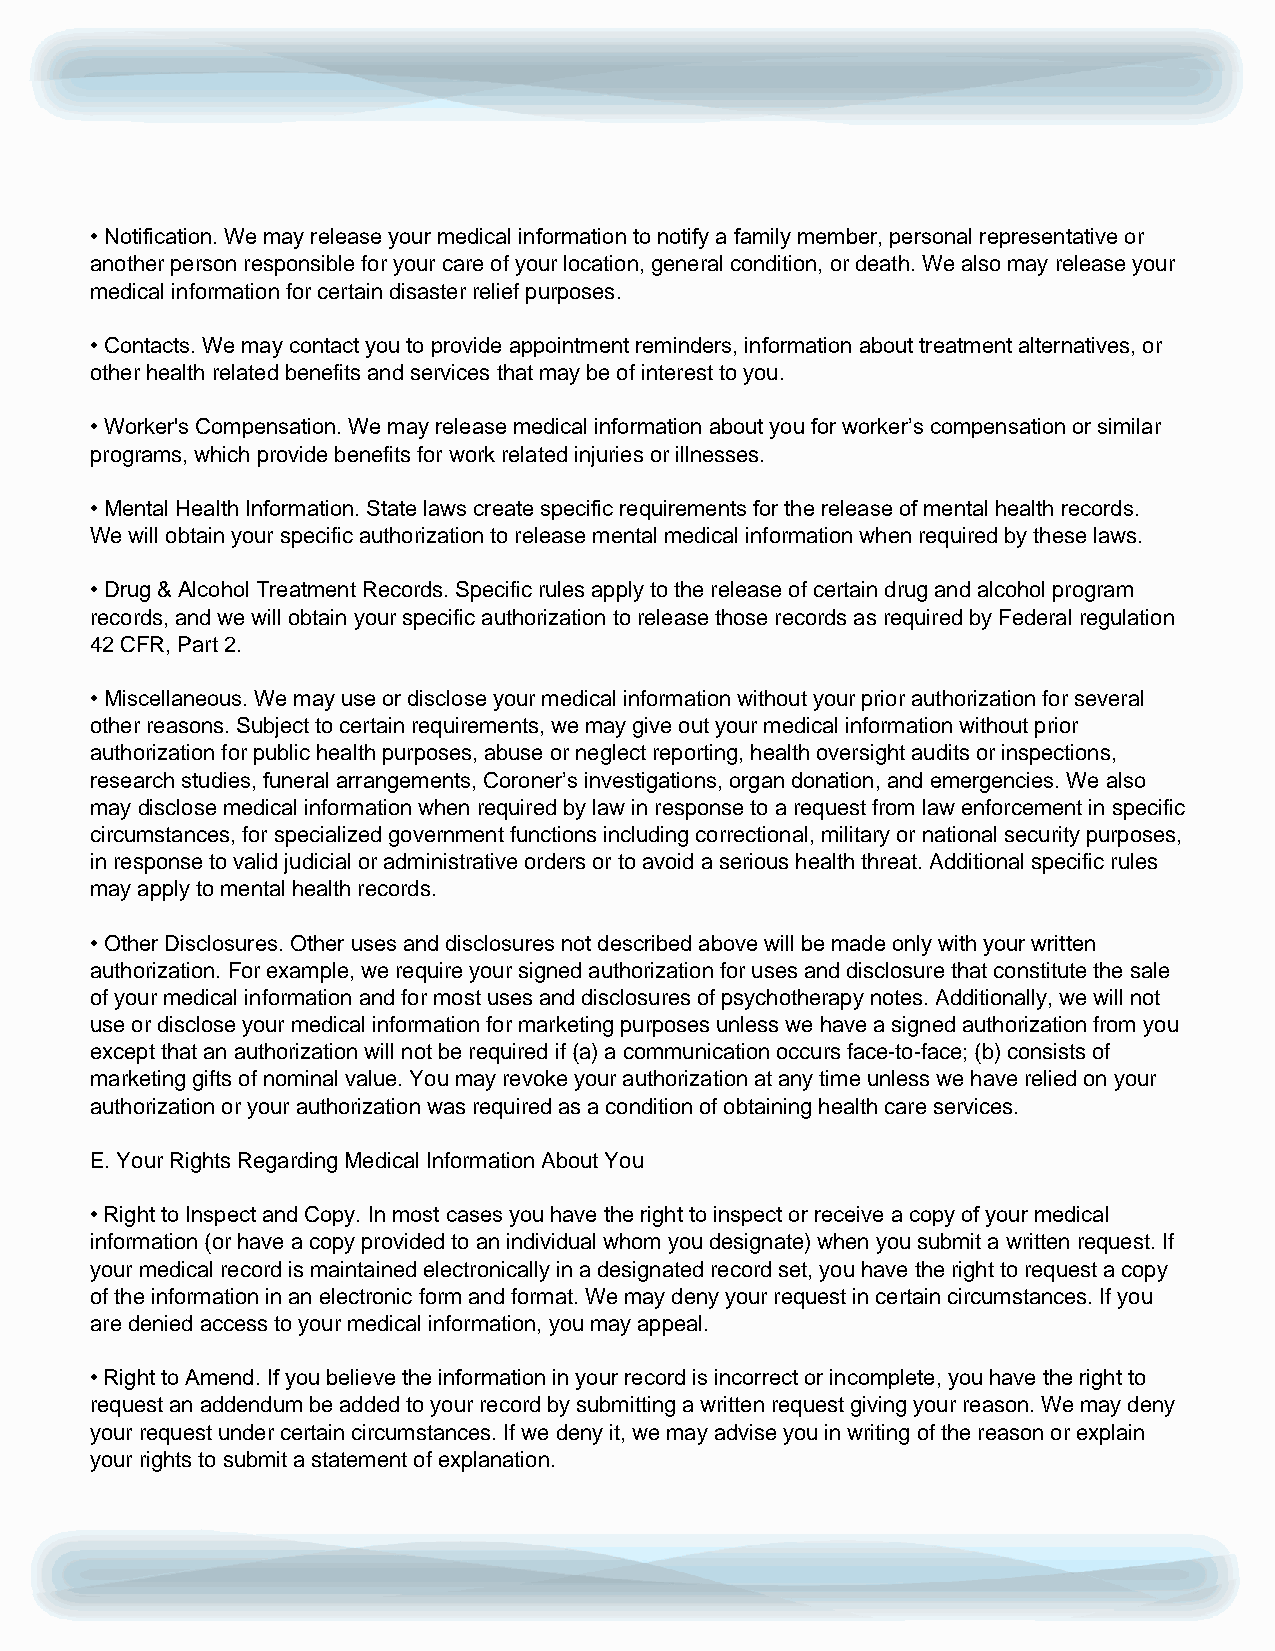
• Notification. We may release your medical information to notify a family member, personal representative or
 another person responsible for your care of your location, general condition, or death. We also may release your
 medical information for certain disaster relief purposes.
 • Contacts. We may contact you to provide appointment reminders, information about treatment alternatives, or
 other health related benefits and services that may be of interest to you.
 • Worker's Compensation. We may release medical information about you for worker’s compensation or similar
 programs, which provide benefits for work related injuries or illnesses.
 • Mental Health Information. State laws create specific requirements for the release of mental health records.
 We will obtain your specific authorization to release mental medical information when required by these laws.
 • Drug & Alcohol Treatment Records. Specific rules apply to the release of certain drug and alcohol program
 records, and we will obtain your specific authorization to release those records as required by Federal regulation
 42 CFR, Part 2.
 • Miscellaneous. We may use or disclose your medical information without your prior authorization for several
 other reasons. Subject to certain requirements, we may give out your medical information without prior
 authorization for public health purposes, abuse or neglect reporting, health oversight audits or inspections,
 research studies, funeral arrangements, Coroner’s investigations, organ donation, and emergencies. We also
 may disclose medical information when required by law in response to a request from law enforcement in specific
 circumstances, for specialized government functions including correctional, military or national security purposes,
 in response to valid judicial or administrative orders or to avoid a serious health threat. Additional specific rules
 may apply to mental health records.
 • Other Disclosures. Other uses and disclosures not described above will be made only with your written
 authorization. For example, we require your signed authorization for uses and disclosure that constitute the sale
 of your medical information and for most uses and disclosures of psychotherapy notes. Additionally, we will not
 use or disclose your medical information for marketing purposes unless we have a signed authorization from you
 except that an authorization will not be required if (a) a communication occurs face-to-face; (b) consists of
 marketing gifts of nominal value. You may revoke your authorization at any time unless we have relied on your
 authorization or your authorization was required as a condition of obtaining health care services.
 E. Your Rights Regarding Medical Information About You
 • Right to Inspect and Copy. In most cases you have the right to inspect or receive a copy of your medical
 information (or have a copy provided to an individual whom you designate) when you submit a written request. If
 your medical record is maintained electronically in a designated record set, you have the right to request a copy
 of the information in an electronic form and format. We may deny your request in certain circumstances. If you
 are denied access to your medical information, you may appeal.
 • Right to Amend. If you believe the information in your record is incorrect or incomplete, you have the right to
 request an addendum be added to your record by submitting a written request giving your reason. We may deny
 your request under certain circumstances. If we deny it, we may advise you in writing of the reason or explain
 your rights to submit a statement of explanation.